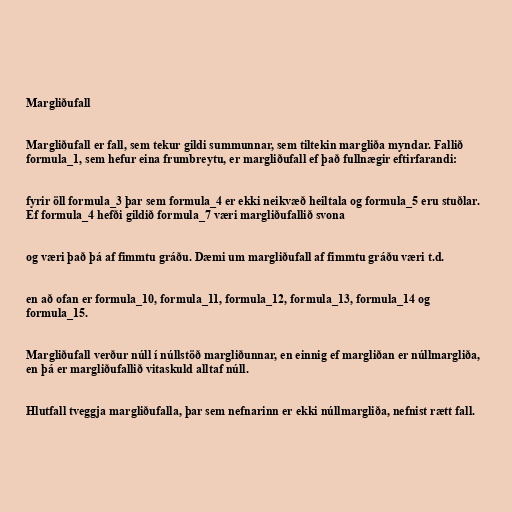
Margliðufall

Margliðufall er fall, sem tekur gildi summunnar, sem tiltekin margliða myndar. Fallið
formula_1, sem hefur eina frumbreytu, er margliðufall ef það fullnægir eftirfarandi:

fyrir öll formula_3 þar sem formula_4 er ekki neikvæð heiltala og formula_5 eru stuðlar.
Ef formula_4 hefði gildið formula_7 væri margliðufallið svona

og væri það þá af fimmtu gráðu. Dæmi um margliðufall af fimmtu gráðu væri t.d.

en að ofan er formula_10, formula_11, formula_12, formula_13, formula_14 og
formula_15.

Margliðufall verður núll í núllstöð margliðunnar, en einnig ef margliðan er núllmargliða,
en þá er margliðufallið vitaskuld alltaf núll.

Hlutfall tveggja margliðufalla, þar sem nefnarinn er ekki núllmargliða, nefnist rætt fall.